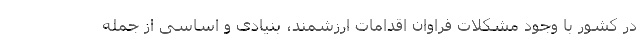
در كشور با وجود مشكلات فراوان اقدامات ارزشمند، بنیادی و اساسی از جمله